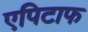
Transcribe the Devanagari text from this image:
एपिटाफ